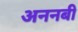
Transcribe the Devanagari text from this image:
अननबी